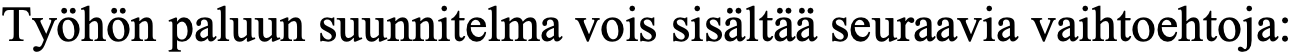
Työhön paluun suunnitelma vois sisältää seuraavia vaihtoehtoja: